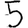
Digit: 5